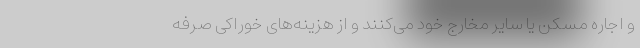
و اجاره مسکن یا سایر مخارج خود می‌کنند و از هزینه‌های خوراکی صرفه